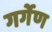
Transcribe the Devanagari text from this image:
गर्गेण